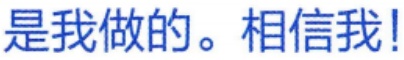
是我做的。相信我!